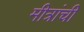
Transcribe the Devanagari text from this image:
मीत्रांची